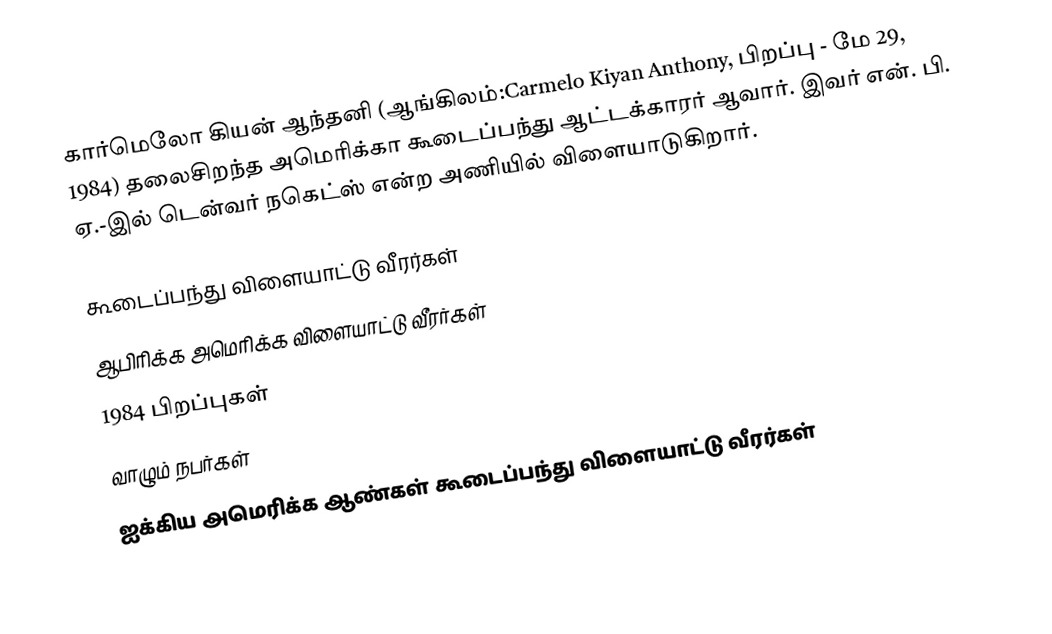
கார்மெலோ கியன் ஆந்தனி (ஆங்கிலம்:Carmelo Kiyan Anthony, பிறப்பு - மே 29, 1984) தலைசிறந்த அமெரிக்கா கூடைப்பந்து ஆட்டக்காரர் ஆவார். இவர் என். பி. ஏ.-இல் டென்வர் நகெட்ஸ் என்ற அணியில் விளையாடுகிறார்.

கூடைப்பந்து விளையாட்டு வீரர்கள்
ஆபிரிக்க அமெரிக்க விளையாட்டு வீரர்கள்
1984 பிறப்புகள்
வாழும் நபர்கள்
ஐக்கிய அமெரிக்க ஆண்கள் கூடைப்பந்து விளையாட்டு வீரர்கள்